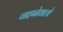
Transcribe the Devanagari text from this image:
चाहनेवालो